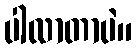
ပါလာတာပဲ။